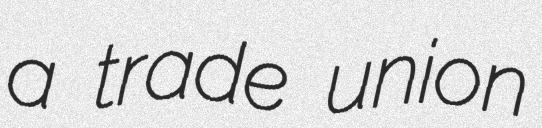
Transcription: a trade union